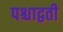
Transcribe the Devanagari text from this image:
पश्चाद्वती